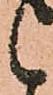
候